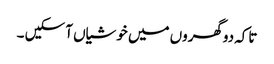
تاکہ دوگھروں میں خوشیاں آ سکیں ۔